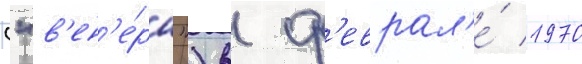
("в'ен'е́ра") в ф'еврал'е́ 1970